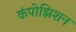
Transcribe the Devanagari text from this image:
कंपोझिशन